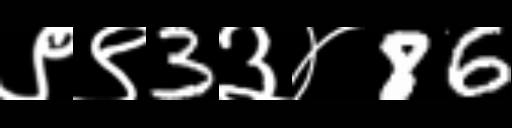
Text: ९९3३४86